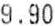
9.90